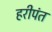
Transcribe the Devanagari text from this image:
हरीपंत